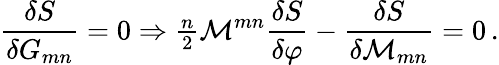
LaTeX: \frac{\delta S}{\delta G_{mn}}=0\Rightarrow{\textstyle\frac{n}{2}}{\cal M}^{mn}\frac{\delta S}{\delta\varphi}-\frac{\delta S}{\delta{\cal M}_{mn}}=0\, .